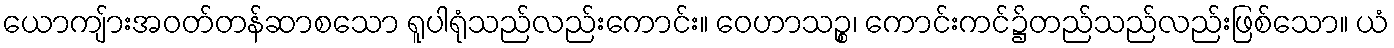
ယောကျ်ားအဝတ်တန်ဆာစသော ရူပါရုံသည်လည်းကောင်း။ ဝေဟာသဉ္စ၊ ကောင်းကင်၌တည်သည်လည်းဖြစ်သော။ ယံ